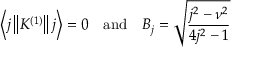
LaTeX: \left\langle j \left\| K ^ { ( 1 ) } \right\| j \right\rangle = 0 \quad { \mathrm { a n d } } \quad B _ { j } = { \sqrt { \frac { j ^ { 2 } - \nu ^ { 2 } } { 4 j ^ { 2 } - 1 } } }